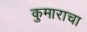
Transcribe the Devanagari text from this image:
कुमाराचा